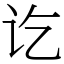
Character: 讫